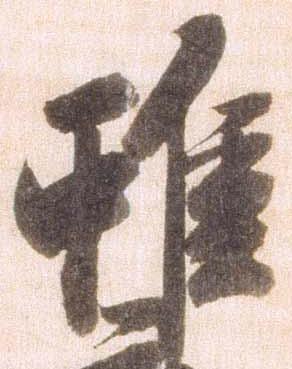
雖